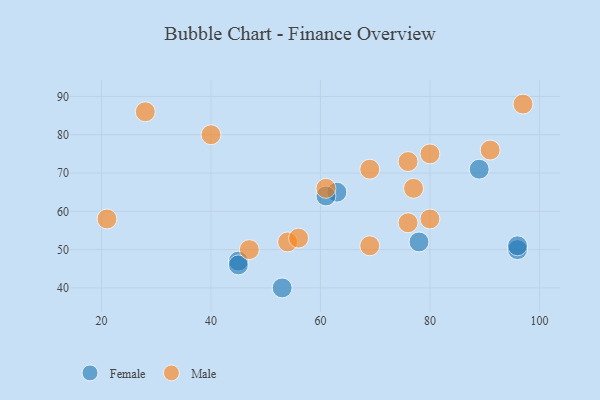
{"axis": {"x": "GDP", "y": "Life Expectancy"}, "legend": ["Female", "Male"], "data": [{"x": "96", "y": 50, "type": "Female"}, {"x": "96", "y": 51, "type": "Female"}, {"x": "45", "y": 47, "type": "Female"}, {"x": "45", "y": 46, "type": "Female"}, {"x": "63", "y": 65, "type": "Female"}, {"x": "89", "y": 71, "type": "Female"}, {"x": "61", "y": 64, "type": "Female"}, {"x": "53", "y": 40, "type": "Female"}, {"x": "78", "y": 52, "type": "Female"}, {"x": "69", "y": 71, "type": "Male"}, {"x": "28", "y": 86, "type": "Male"}, {"x": "61", "y": 66, "type": "Male"}, {"x": "76", "y": 57, "type": "Male"}, {"x": "76", "y": 73, "type": "Male"}, {"x": "21", "y": 58, "type": "Male"}, {"x": "54", "y": 52, "type": "Male"}, {"x": "40", "y": 80, "type": "Male"}, {"x": "69", "y": 51, "type": "Male"}, {"x": "80", "y": 75, "type": "Male"}, {"x": "47", "y": 50, "type": "Male"}, {"x": "91", "y": 76, "type": "Male"}, {"x": "80", "y": 58, "type": "Male"}, {"x": "97", "y": 88, "type": "Male"}, {"x": "77", "y": 66, "type": "Male"}, {"x": "56", "y": 53, "type": "Male"}]}